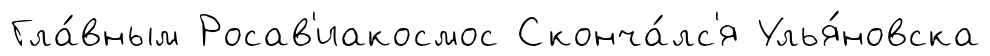
Гла́вным Росав'иакосмос Сконча́лс'я Улья́новска